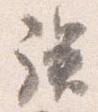
族